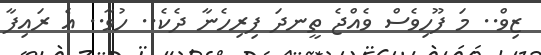
ޒިވް.. މަ ފޫހިވެސް ވެއްޖެ ތީނދަ ފިރިހެނާ ދެކެ.. ހުވާ.. އެ ރައިފާ